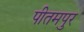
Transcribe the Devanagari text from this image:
पीतमपुर